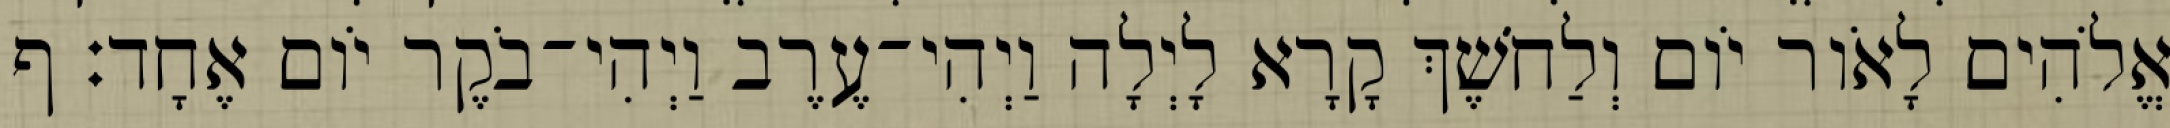
אֱלֹהִים לָאֹור יֹום וְלַחֹשֶׁךְ קָרָא לָיְלָה וַיְהִי־עֶרֶב וַיְהִי־בֹקֶר יֹום אֶחָד׃ ף